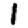
Digit: 1